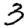
Digit: 3